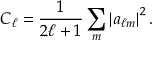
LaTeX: C _ { \ell } = \frac { 1 } { 2 \ell + 1 } \sum _ { m } \left| a _ { \ell m } \right| ^ { 2 } .